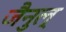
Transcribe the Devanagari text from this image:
जैनुल्